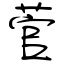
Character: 菅